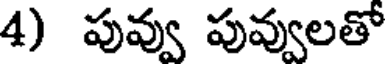
4) పువ్వు పువ్వులతో